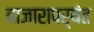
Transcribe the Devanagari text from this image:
बाजारापर्यंत